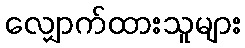
လျှောက်ထားသူများ